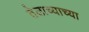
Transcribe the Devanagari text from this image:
तेलाच्याच्या